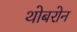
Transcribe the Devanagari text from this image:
थोबरोन